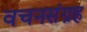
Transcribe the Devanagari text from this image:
वचनसंग्रह